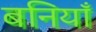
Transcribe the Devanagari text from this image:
बनियाँ